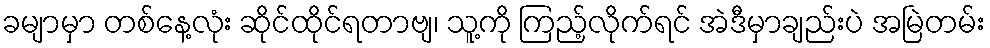
ခမျာမှာ တစ်နေ့လုံး ဆိုင်ထိုင်ရတာဗျ၊ သူ့ကို ကြည့်လိုက်ရင် အဲဒီမှာချည်းပဲ အမြဲတမ်း